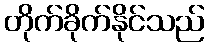
တိုက်ခိုက်နိုင်သည်